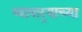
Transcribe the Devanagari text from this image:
व्यापार्‍याच्या